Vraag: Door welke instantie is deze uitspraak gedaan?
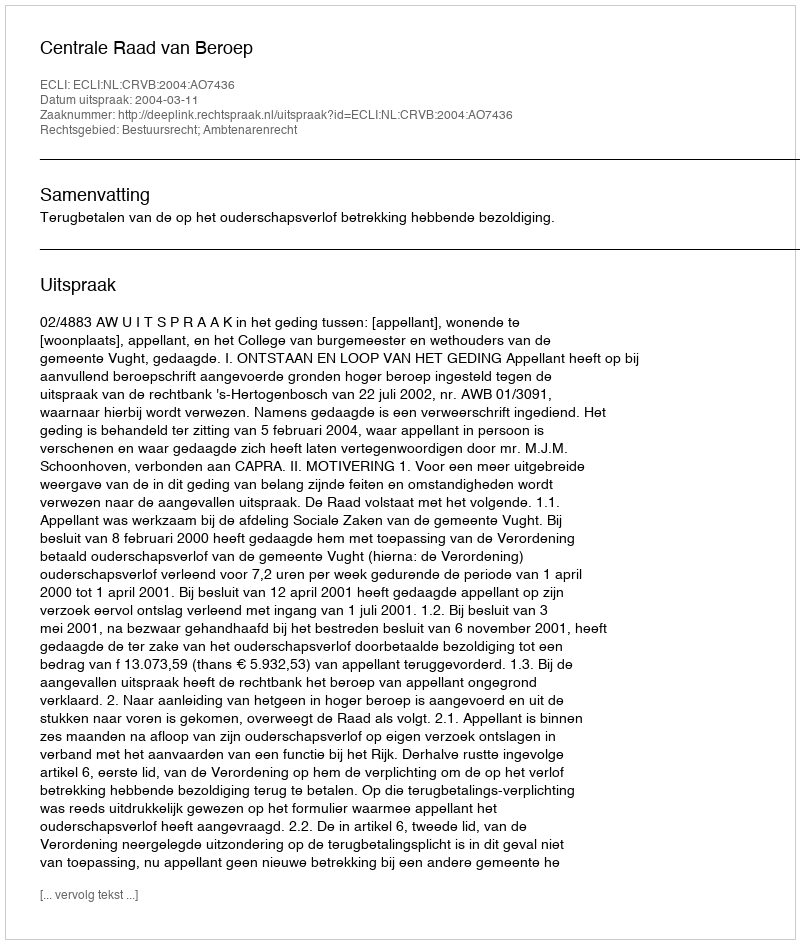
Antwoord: Centrale Raad van Beroep